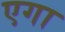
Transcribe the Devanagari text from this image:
एगा